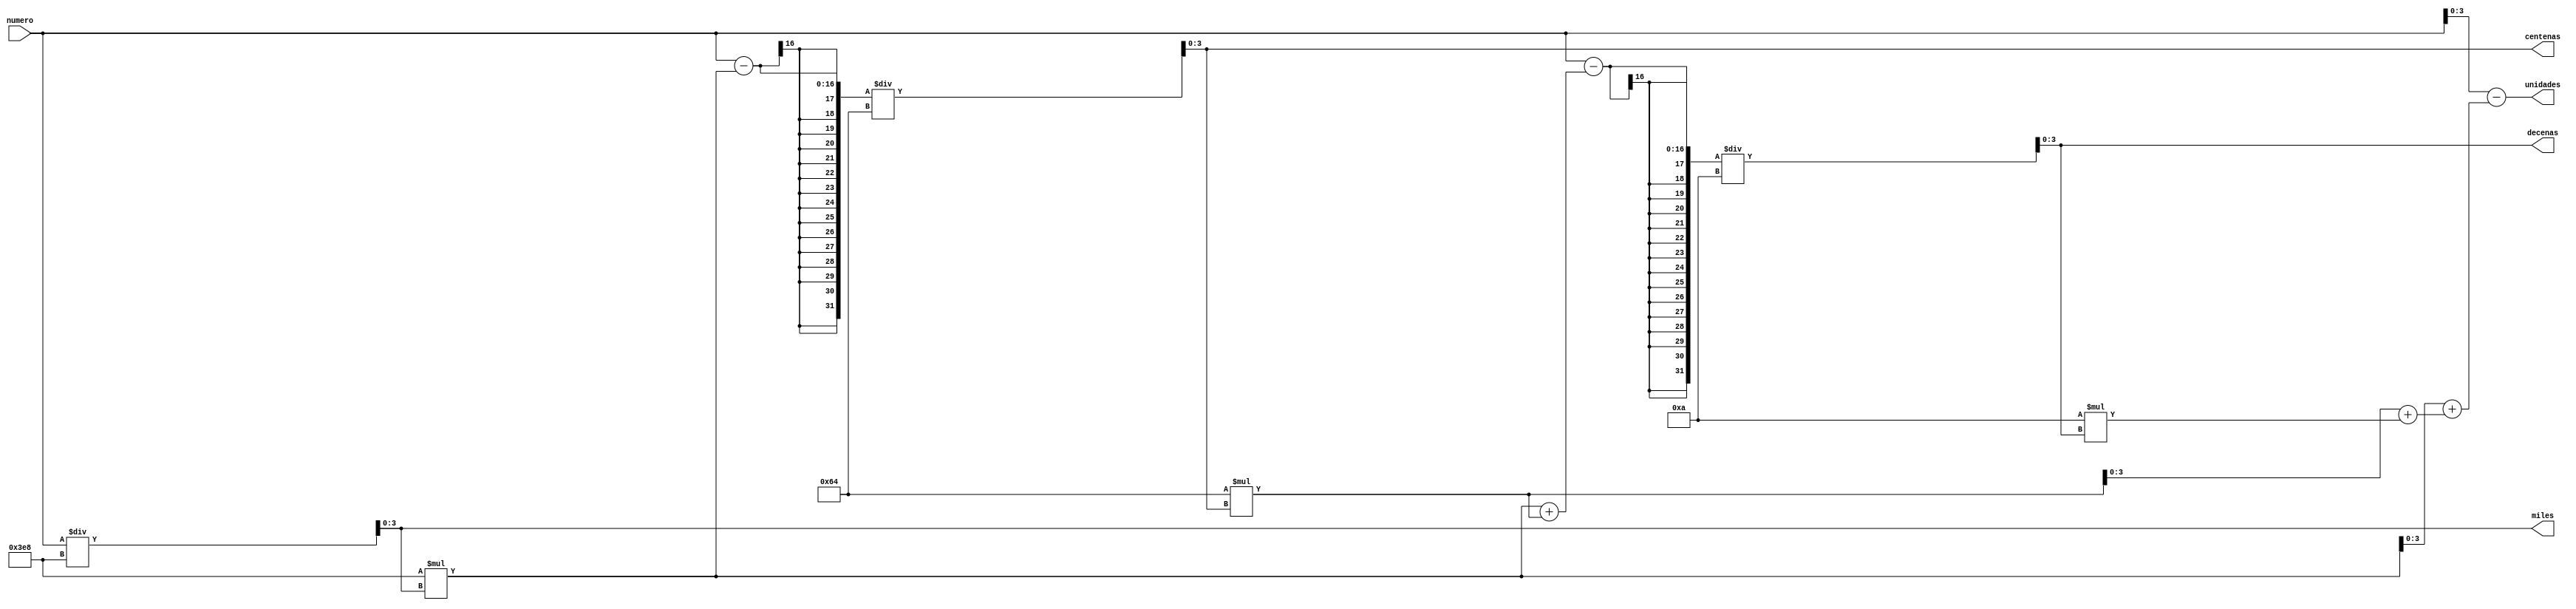
`timescale 1ns / 1ps
//////////////////////////////////////////////////////////////////////////////////
// Company: 
// Engineer: 
// 
// Design Name: 
// Module Name:    codifBinDec 
// Project Name: 
// Target Devices: 
// Tool versions: 
// Description: 
//
// Dependencies: 
//
// Revision: 
// Revision 0.01 - File Created
// Additional Comments: 
//
//////////////////////////////////////////////////////////////////////////////////
module codifBinDec(numero,miles,centenas,decenas,unidades);
input [15:0] numero;
output reg [3:0] miles,centenas,decenas,unidades;

always@(*) begin
miles = numero/1000;
centenas = (numero-1000*miles)/100;
decenas = (numero-((1000*miles)+(100*centenas)))/10;
unidades = (numero-((1000*miles)+((100*centenas)+(10*decenas))));
end 

endmodule